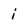
Character: i